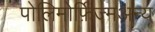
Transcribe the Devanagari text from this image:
पोलिमोर्फ़िज्मअन्य